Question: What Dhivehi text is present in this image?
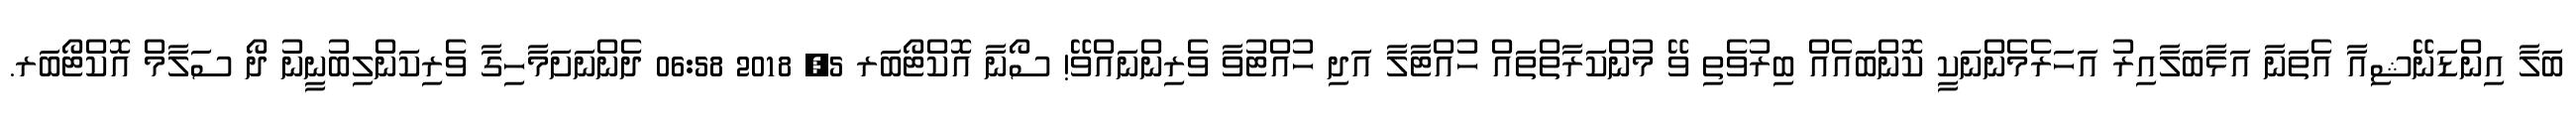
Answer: ބަލާ އިންޑަނޭޝިއާ އެތަނާ އަޅާބަލާއިރު އަހަރެމެންނަކީ ކޮންބައެއް ބިރުވެތި ވޭ މުންކަރާތްތައް ހުއްޓާލާ އަދި ހުއްޓުވާ ވެރިންނައްވޭ! ސޯނާ އޮކްޓޯބަރ 5, 2018 06:58 ދެންނަށަމާހިގާ ވެރިކަންލިބުނީނު ދޯ ސަލާމް އޮކްޓޯބަރ.